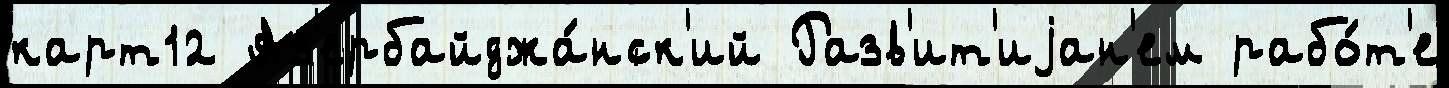
карт12 Аз'ербайджа́нск'ий Разв'ит'иjан'ем рабо́т'е